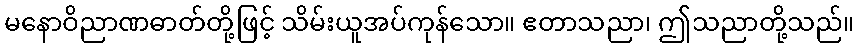
မနောဝိညာဏဓာတ်တို့ဖြင့် သိမ်းယူအပ်ကုန်သော။ ဧတာသညာ၊ ဤသညာတို့သည်။